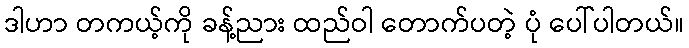
ဒါဟာ တကယ့်ကို ခန့်ညား ထည်ဝါ တောက်ပတဲ့ ပုံ ပေါ်ပါတယ်။